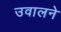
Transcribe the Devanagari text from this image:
उवालने